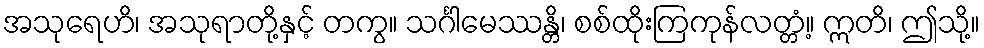
အသုရေဟိ၊ အသုရာတို့နှင့် တကွ။ သင်္ဂါမေဿန္တိ၊ စစ်ထိုးကြကုန်လတ္တံ့။ ဣတိ၊ ဤသို့။